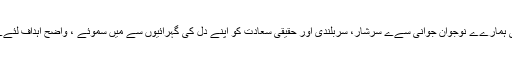
جس دور میں دنیا اس طرح کے مسائل میں پھنسی ہوئی تھی ہمارےے نوجوان جوانی سےے سرشار، سربلندی اور حقیقی سعادت کو اپنے دل کی گہرائیوں سے میں سموئے ، واضح اہداف لئےے اپنی ذمہ داریوں کی بجا آوری میں کوشاں نظر آتے تھے۔